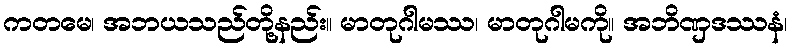
ကတမေ၊ အဘယသည်တို့နည်း။ မာတုဂါမဿ၊ မာတုဂါမကို။ အဘိဏှဒဿနံ၊